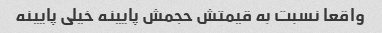
واقعا نسبت به قیمتش حجمش پایینه خیلی پایینه